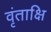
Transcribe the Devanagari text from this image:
वृंताक्षि